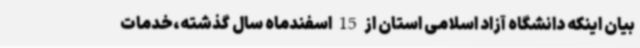
بیان اینکه دانشگاه آزاد اسلامی استان از 15 اسفندماه سال گذشته،خدمات